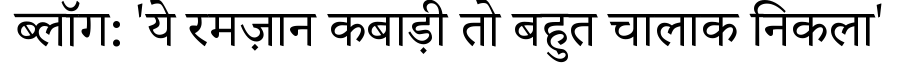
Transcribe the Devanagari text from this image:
ब्लॉग: 'ये रमज़ान कबाड़ी तो बहुत चालाक निकला'